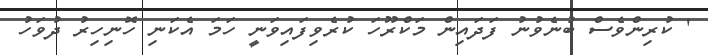
' ކުރިންވެސް ބުނެވުނު ފަދައިން މަކްރޫހަ ކުރެވިފައިވަނީ ހަމަ އެކަނި ހޮނިހިރު ދުވަހު